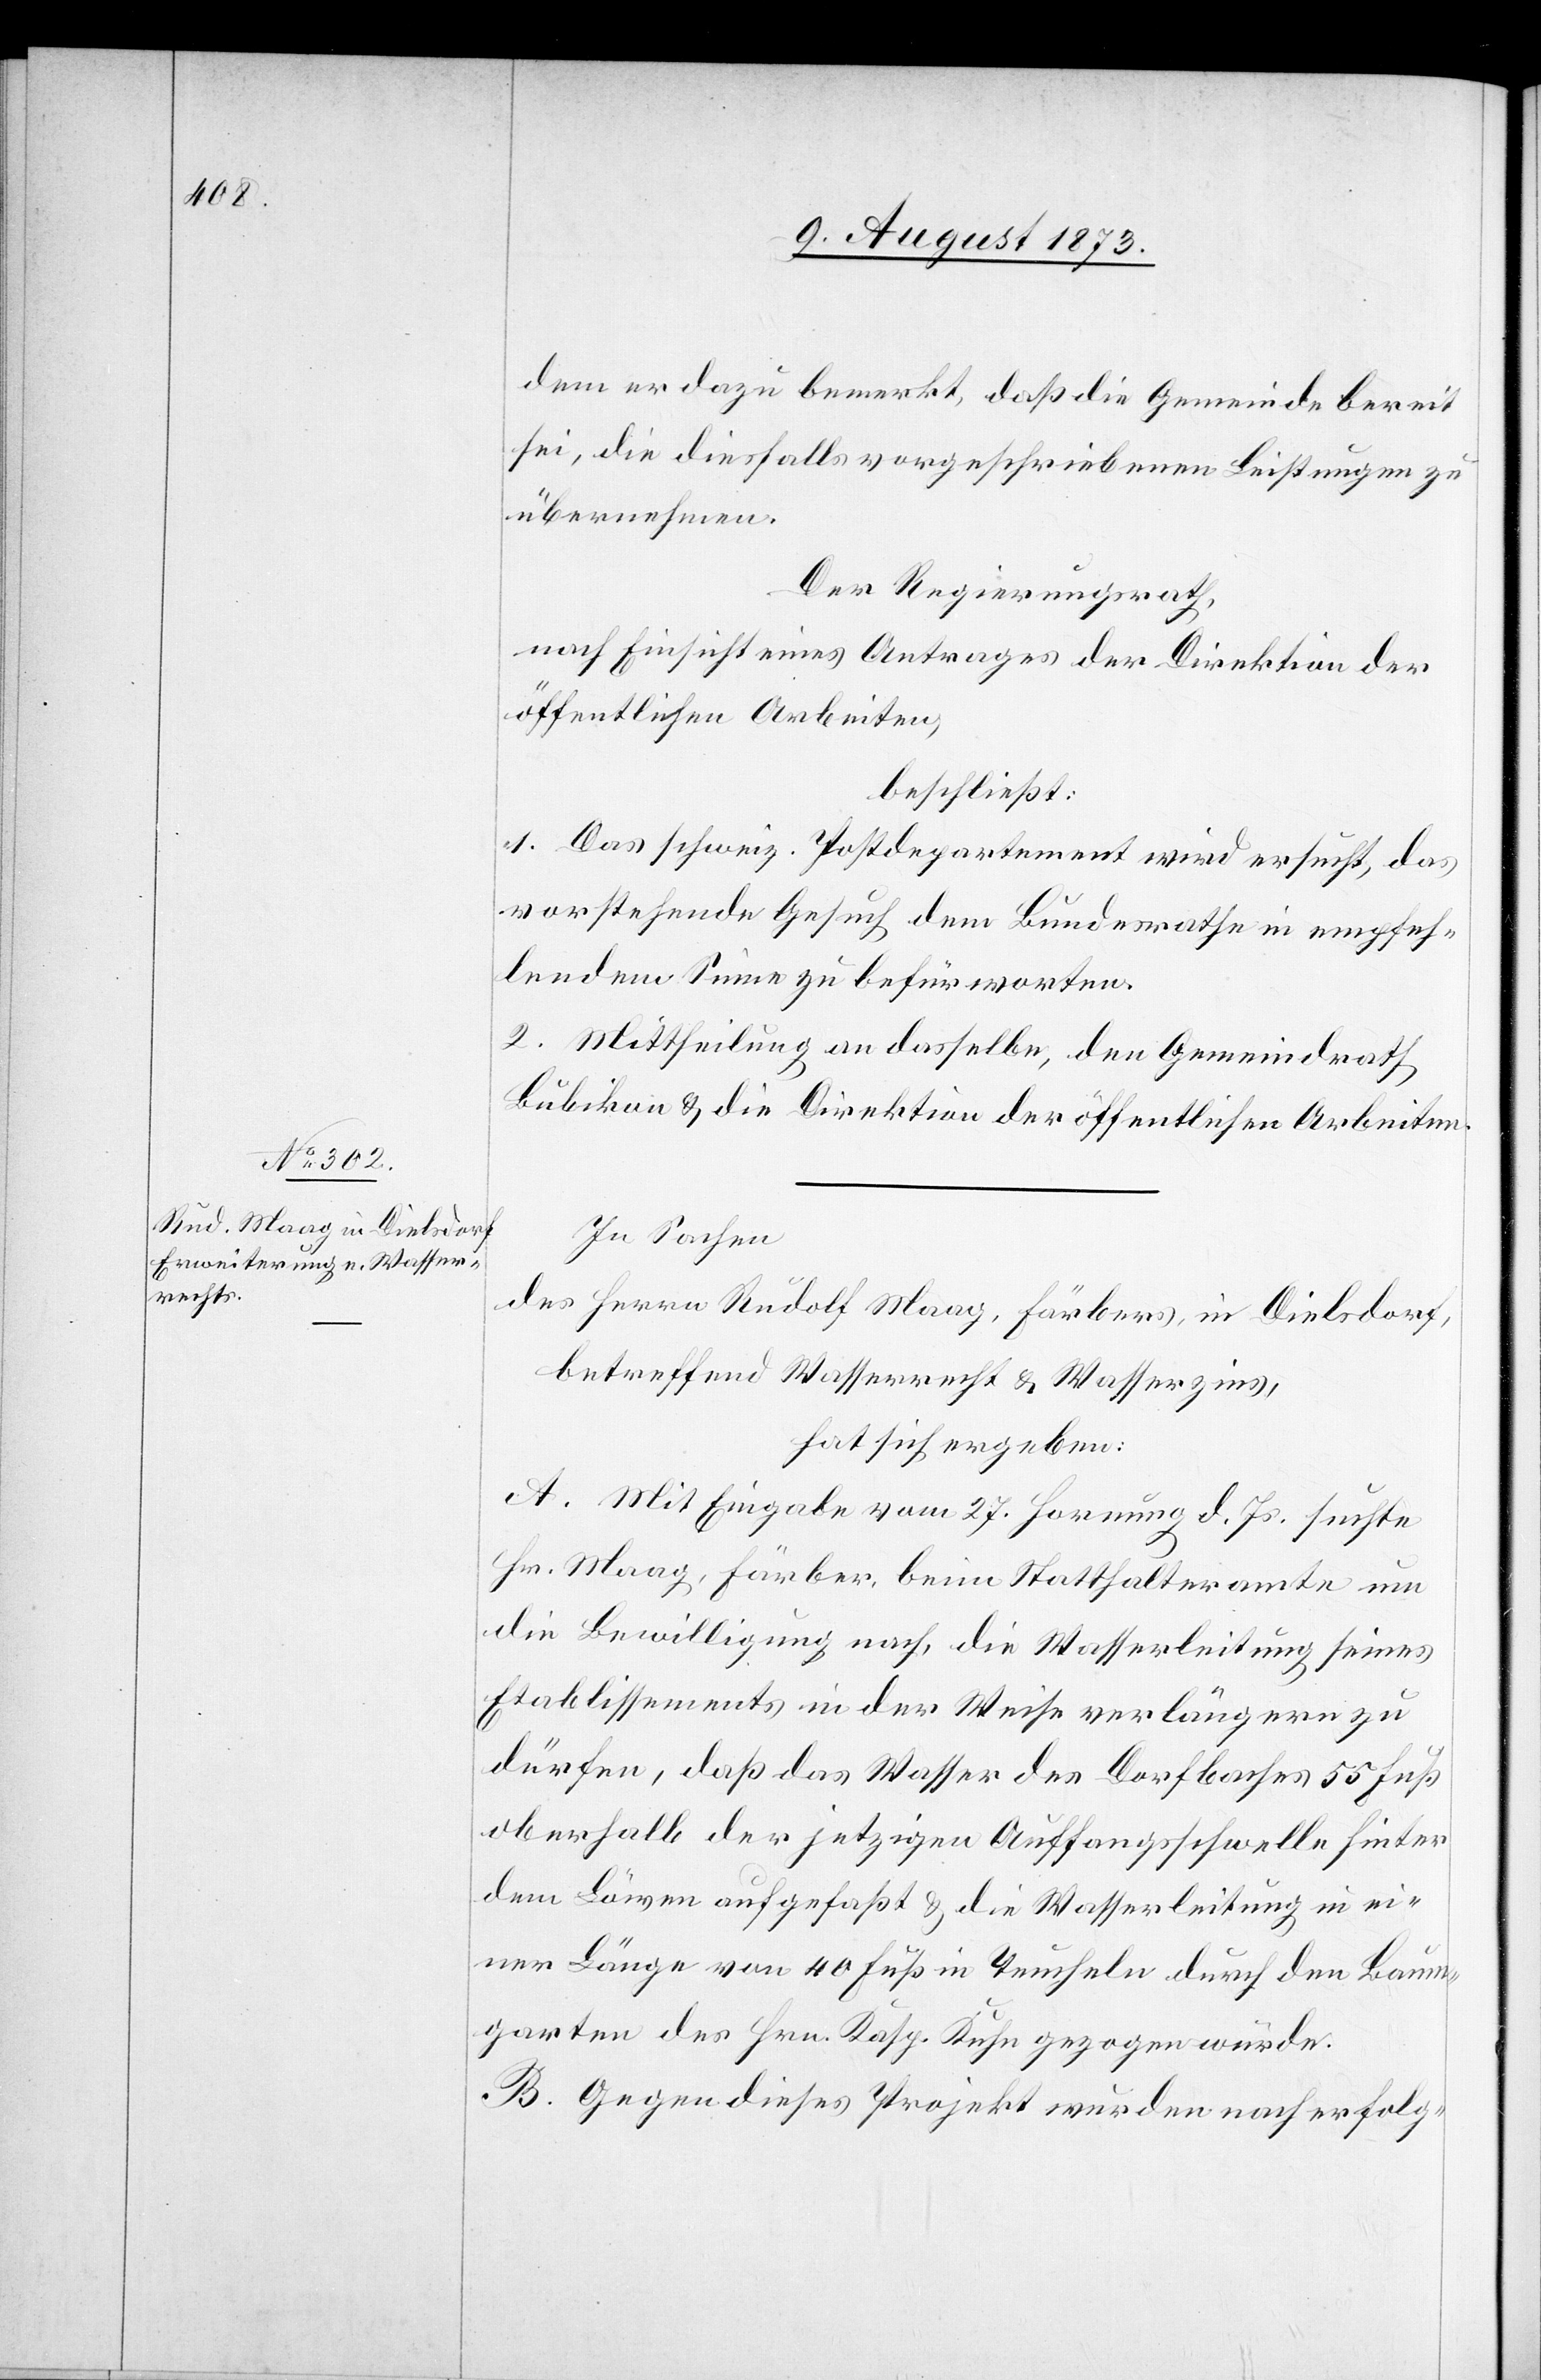
dem er dazu bemerkt, daß die Gemeinde bereit
sei, die diesfalls vorgeschriebenen Leistungen zu
übernehmen.
Der Regierungsrath,
nach Einsicht eines Antrages der Direktion der
öffentlichen Arbeiten,
beschließt:
1. Das schweiz. Postdepartement wird ersucht, das
vorstehende Gesuch dem Bundesrathe in empfeh¬
lendem Sinne zu befürworten.
2. Mittheilung an dasselbe, den Gemeindrath
Bubikon & die Direktion der öffentlichen Arbeiten.
In Sachen
des Herrn Rudolf Maag, Färbers, in Dielsdorf,
betreffend Wasserrecht & Wasserzins,
hat sich ergeben:
A. Mit Eingabe vom 27. Hornung d. Js. suchte
Hr. Maag, Färber, beim Statthalteramte um
die Bewilligung nach, die Wasserleitung seines
Etablissements in der Weise verlängern zu
dürfen, daß das Wasser des Dorfbaches 55 Fuß
oberhalb der jetzigen Auffangsschwelle hinter
dem Löwen aufgefaßt & die Wasserleitung in ei¬
ner Länge von 40 Fuß in Teucheln durch den Baum¬
garten des Hrn. Kasp. Kuhn gezogen würde.
B. Gegen dieses Projekt wurden nach erfolg-